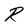
Character: R